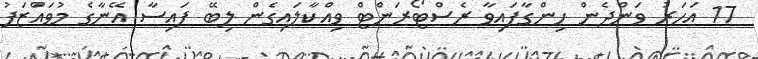
17 އަހަރު ވަންދެން ހިންގާފައިވާ ރެސްޓޯރަންޓް ވިއްކާލައިގެން ލިބޭ ފައިސާ އޭނާގެ މުވައްޒަފު